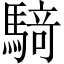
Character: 𮪍